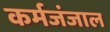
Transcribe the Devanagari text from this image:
कर्मजंजाल